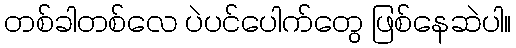
တစ်ခါတစ်လေ ပဲပင်ပေါက်တွေ ဖြစ်နေဆဲပါ။